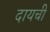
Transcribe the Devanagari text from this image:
दायची